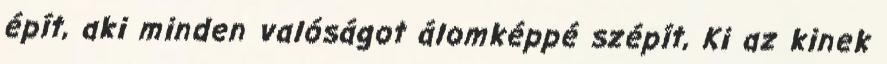
épít, aki minden valóságot álomképpé szépít, Ki az kinek